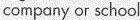
company or school